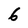
Character: 6